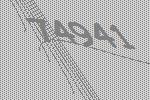
74941